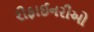
રીફાઈનરીઓ